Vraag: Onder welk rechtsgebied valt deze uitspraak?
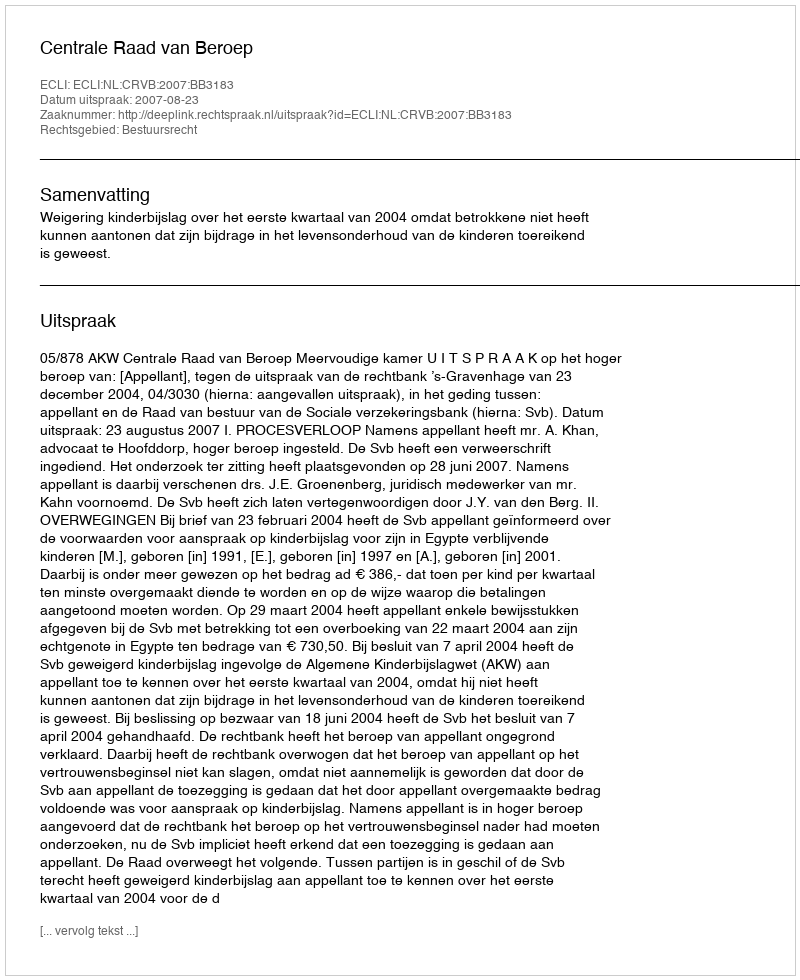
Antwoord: Bestuursrecht